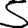
Digit: 5